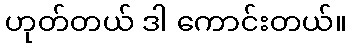
ဟုတ်တယ် ဒါ ကောင်းတယ်။